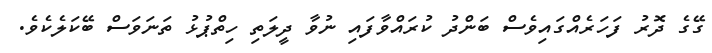
ގޭގެ ދޮރު ފަހަރެއްގައިވެސް ބަންދު ކުރައްވާފައި ނުވާ ދީލަތި ހިތްޕުޅު ތަނަވަސް ބޭކަލެކެވެ.